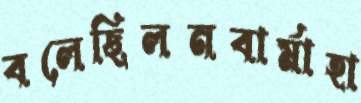
বলেছিলনবার্মাহা